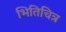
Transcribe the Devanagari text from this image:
भितिचित्र